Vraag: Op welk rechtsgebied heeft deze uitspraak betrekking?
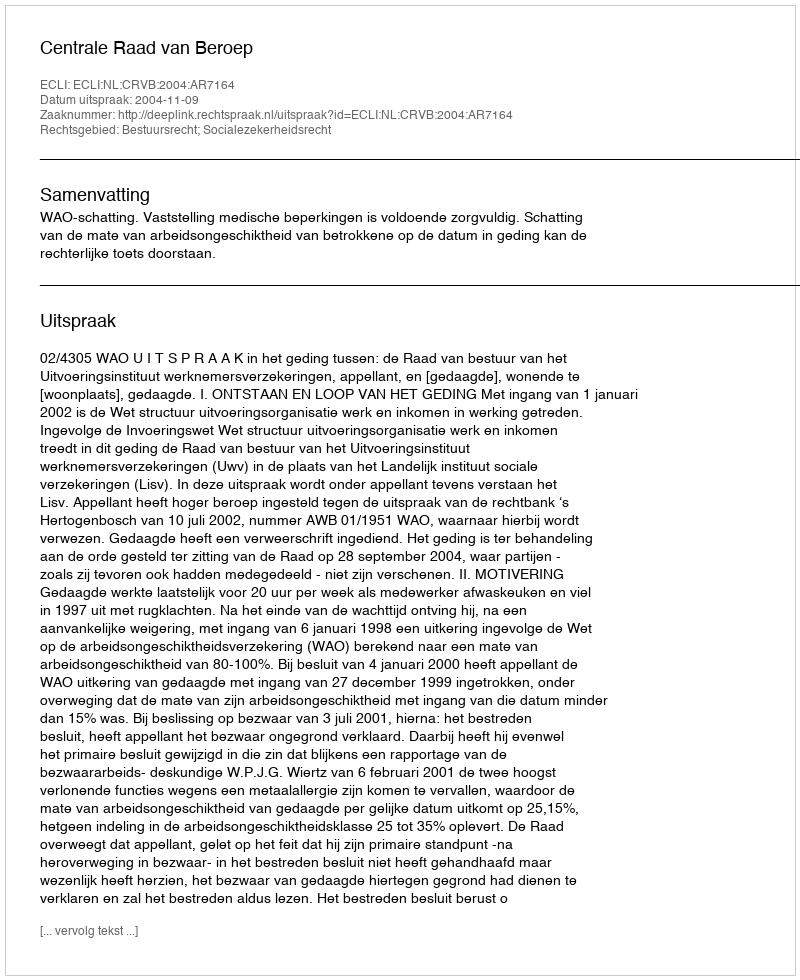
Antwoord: Bestuursrecht; Socialezekerheidsrecht